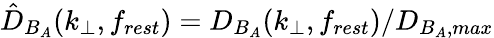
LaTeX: \hat{D}_{B_{A}}(k_{\perp},f_{rest})=D_{B_{A}}(k_{\perp},f_{rest})/D_{B_{A},max}